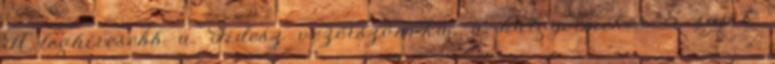
A leghíresebb a Fidesz vezérszónoka, a hatgyermekes 5 saját,